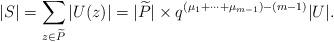
LaTeX: \begin{align*}|S| = \sum_{z \in \widetilde{P}} |U(z)|= |\widetilde{P}| \times q^{(\mu_1+\cdots+\mu_{m-1})-(m-1)}|U|.\end{align*}